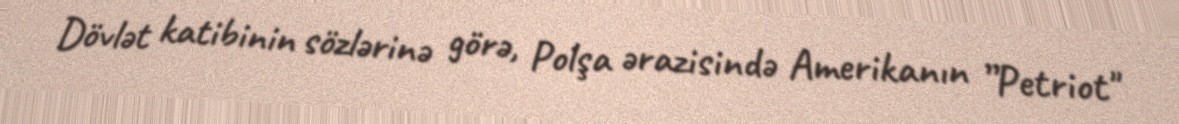
Dövlət katibinin sözlərinə görə, Polşa ərazisində Amerikanın ”Petriot"